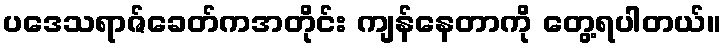
ပဒေသရာဇ်ခေတ်ကအတိုင်း ကျန်နေတာကို တွေ့ရပါတယ်။